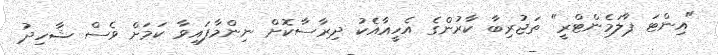
"އިންޓަ ޕާލަމެންޓްރީ" ތަޖުރިބާ ކާރުންގެ އެހީއާއެކު ދިރާސާކޮށް ނިންމާފައިވާ ކަމަށް ވެސް ޝާހިދު